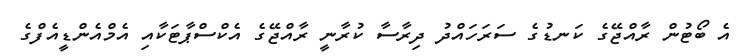
އެ ބޯޓުން ރާއްޖޭގެ ކަނޑުގެ ސަރަހައްދު ދިރާސާ ކުރާނީ ރާއްޖޭގެ އެކްސްޕާޓަކާއި އެމްއެންޑީއެފްގެ